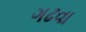
ગઢવા